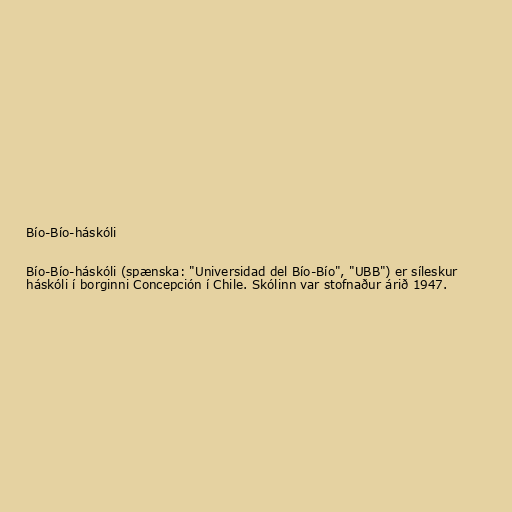
Bío-Bío-háskóli

Bío-Bío-háskóli (spænska: "Universidad del Bío-Bío", "UBB") er síleskur
háskóli í borginni Concepción í Chile. Skólinn var stofnaður árið 1947.